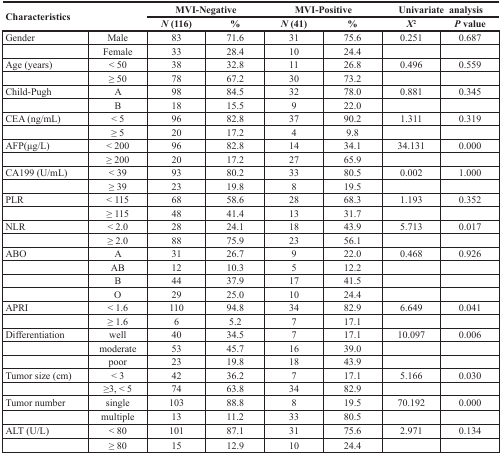
<table><thead><tr><td rowspan="2" colspan="2"><b>Characteristics</b></td><td colspan="2"><b>MVI-Negative</b></td><td colspan="2"><b>MVI-Positive</b></td><td colspan="2"><b>Univariate analysis</b></td></tr><tr><td><b><i>N</i> (116)</b></td><td><b>%</b></td><td><b><i>N</i> (41)</b></td><td><b>%</b></td><td><b><i>X</i><sup>2</sup></b></td><td><b><i>P</i> value</b></td></tr></thead><tbody><tr><td>Gender</td><td>Male</td><td>83</td><td>71.6</td><td>31</td><td>75.6</td><td>0.251</td><td>0.687</td></tr><tr><td></td><td>Female</td><td>33</td><td>28.4</td><td>10</td><td>24.4</td><td></td><td></td></tr><tr><td>Age (years)</td><td>&lt; 50</td><td>38</td><td>32.8</td><td>11</td><td>26.8</td><td>0.496</td><td>0.559</td></tr><tr><td></td><td>≥ 50</td><td>78</td><td>67.2</td><td>30</td><td>73.2</td><td></td><td></td></tr><tr><td>Child-Pugh</td><td>A</td><td>98</td><td>84.5</td><td>32</td><td>78.0</td><td>0.881</td><td>0.345</td></tr><tr><td></td><td>B</td><td>18</td><td>15.5</td><td>9</td><td>22.0</td><td></td><td></td></tr><tr><td>CEA (ng/mL)</td><td>&lt; 5</td><td>96</td><td>82.8</td><td>37</td><td>90.2</td><td>1.311</td><td>0.319</td></tr><tr><td></td><td>≥ 5</td><td>20</td><td>17.2</td><td>4</td><td>9.8</td><td></td><td></td></tr><tr><td>AFP(μg/L)</td><td>&lt; 200</td><td>96</td><td>82.8</td><td>14</td><td>34.1</td><td>34.131</td><td>0.000</td></tr><tr><td></td><td>≥ 200</td><td>20</td><td>17.2</td><td>27</td><td>65.9</td><td></td><td></td></tr><tr><td>CA199 (U/mL)</td><td>&lt; 39</td><td>93</td><td>80.2</td><td>33</td><td>80.5</td><td>0.002</td><td>1.000</td></tr><tr><td></td><td>≥ 39</td><td>23</td><td>19.8</td><td>8</td><td>19.5</td><td></td><td></td></tr><tr><td>PLR</td><td>&lt; 115</td><td>68</td><td>58.6</td><td>28</td><td>68.3</td><td>1.193</td><td>0.352</td></tr><tr><td></td><td>≥ 115</td><td>48</td><td>41.4</td><td>13</td><td>31.7</td><td></td><td></td></tr><tr><td>NLR</td><td>&lt; 2.0</td><td>28</td><td>24.1</td><td>18</td><td>43.9</td><td>5.713</td><td>0.017</td></tr><tr><td></td><td>≥ 2.0</td><td>88</td><td>75.9</td><td>23</td><td>56.1</td><td></td><td></td></tr><tr><td>ABO</td><td>A</td><td>31</td><td>26.7</td><td>9</td><td>22.0</td><td>0.468</td><td>0.926</td></tr><tr><td></td><td>AB</td><td>12</td><td>10.3</td><td>5</td><td>12.2</td><td></td><td></td></tr><tr><td></td><td>B</td><td>44</td><td>37.9</td><td>17</td><td>41.5</td><td></td><td></td></tr><tr><td></td><td>O</td><td>29</td><td>25.0</td><td>10</td><td>24.4</td><td></td><td></td></tr><tr><td>APRI</td><td>&lt; 1.6</td><td>110</td><td>94.8</td><td>34</td><td>82.9</td><td>6.649</td><td>0.041</td></tr><tr><td></td><td>≥ 1.6</td><td>6</td><td>5.2</td><td>7</td><td>17.1</td><td></td><td></td></tr><tr><td>Differentiation</td><td>well</td><td>40</td><td>34.5</td><td>7</td><td>17.1</td><td>10.097</td><td>0.006</td></tr><tr><td></td><td>moderate</td><td>53</td><td>45.7</td><td>16</td><td>39.0</td><td></td><td></td></tr><tr><td></td><td>poor</td><td>23</td><td>19.8</td><td>18</td><td>43.9</td><td></td><td></td></tr><tr><td>Tumor size (cm)</td><td>&lt; 3</td><td>42</td><td>36.2</td><td>7</td><td>17.1</td><td>5.166</td><td>0.030</td></tr><tr><td></td><td>≥3, &lt; 5</td><td>74</td><td>63.8</td><td>34</td><td>82.9</td><td></td><td></td></tr><tr><td>Tumor number</td><td>single</td><td>103</td><td>88.8</td><td>8</td><td>19.5</td><td>70.192</td><td>0.000</td></tr><tr><td></td><td>multiple</td><td>13</td><td>11.2</td><td>33</td><td>80.5</td><td></td><td></td></tr><tr><td>ALT (U/L)</td><td>&lt; 80</td><td>101</td><td>87.1</td><td>31</td><td>75.6</td><td>2.971</td><td>0.134</td></tr><tr><td></td><td>≥ 80</td><td>15</td><td>12.9</td><td>10</td><td>24.4</td><td></td><td></td></tr></tbody></table>